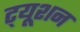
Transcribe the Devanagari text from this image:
ट्‍यूशन